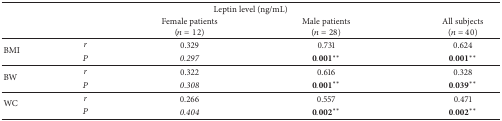
<table><thead><tr><td colspan="5"><b>Leptin level (ng/mL)</b></td></tr><tr><td><b> </b></td><td><b> </b></td><td><b>Female patients(<i>n</i> = 12)</b></td><td><b>Male patients(<i>n</i> = 28)</b></td><td><b>All subjects(<i>n</i> = 40)</b></td></tr></thead><tbody><tr><td rowspan="2">BMI</td><td><i>r </i></td><td>0.329</td><td>0.731</td><td>0.624</td></tr><tr><td><i>P </i></td><td><i>0.297 </i></td><td>0.001**</td><td>0.001**</td></tr><tr><td rowspan="2">BW</td><td><i>r </i></td><td>0.322</td><td>0.616</td><td>0.328</td></tr><tr><td><i>P </i></td><td><i>0.308 </i></td><td>0.001**</td><td>0.039**</td></tr><tr><td rowspan="2">WC</td><td><i>r </i></td><td>0.266</td><td>0.557</td><td>0.471</td></tr><tr><td><i>P </i></td><td><i>0.404 </i></td><td>0.002**</td><td>0.002**</td></tr></tbody></table>